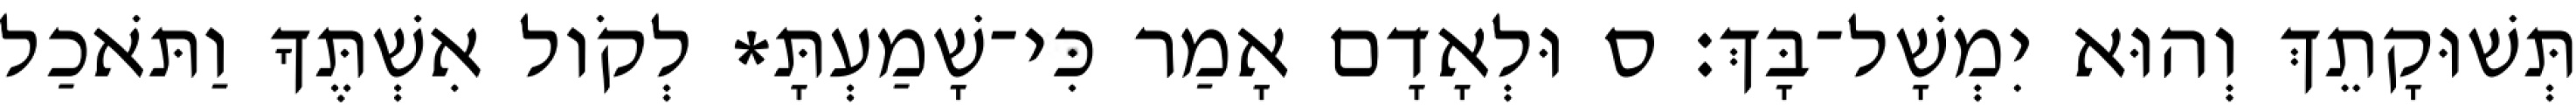
תְּשׁוּקָתֵךְ וְהוּא יִמְשָׁל־בָּךְ׃ ס וּלְאָדָם אָמַר כִּי־שָׁמַעְתָּ* לְקֹול אִשְׁתֶּךָ וַתֹּאכַל